Lunatic asylums Madras 1892-1911 - 1892-1911
Year: 1892
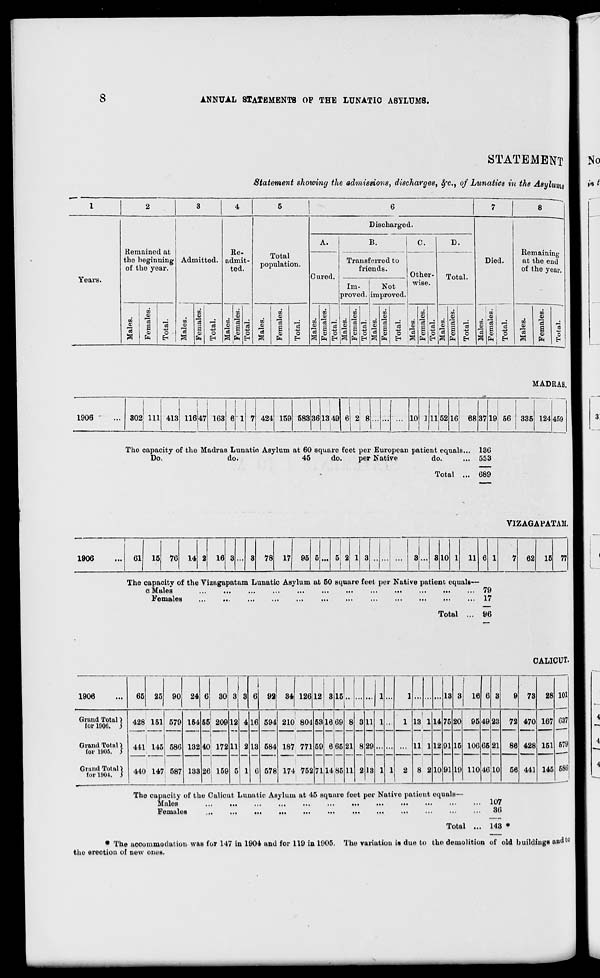
s
ANNUAL STATEMENTS OP THE LUNATIC ASYLUMS.
STATEMENT
Statement showing the admissions, discharges, 8fc., of Lunatics in the Asylums
I
2
3
4
5
6
7
8
Discharged.
A.
B.
C.
D.
Remained at
Re-
Total
population.
Remaining
at the end
of the year.
the beginning
of the year.
Admitted. admit-
ted.
Transferred to
friends.
Died.
Years.
0 ured.
Other-
Total.
Im-
Not
wise.
proved. improved.
o5
r/!
77
m
r/
en
rfi
en
m
M !
CO
09
<u
0)
o>
a;
09
Oi
o
o>
QJ i
09
m
d
_;
m 75 ^ T. 7?, ^ DO
73
j
•J. 7fl ,_; GO 3 J !fi d _; <? 73 ,_; .-/. Tfl ,_: GO •a d o5 d j
d
1
09
d
O
EH
09
a
09
PH
d
0
7s i
09
PH
OS
O
0)
75
a
a a)
d
0
EH
01
a
6
09
d
o
&H
75 I
O
&H
r.
O
EH
73 s
0)
PH
d
4a
O
OJ
d
0 73 g
PH
M
o
EH
0)
1*
1 1
09 1 O
09
73
a
09
PH
ca
0
tv
1906
302 111 413 116 47 163
1
424 159 583 3613 49 6 2' 8
MADRAS.
10
1152 16! 68 37 19 56 335 124 459
The capacity of the Madras Lunatic Asylum at 60 square feet per European patient equals... 13G
Do.
do.
45
do.
per Native
do.
... 553
Total ... 689
VIZ AGA FATAH,
1906
61 15 76 14
16
78 17 95
5 2
10
11
62 15 77
The capacity of the Vizagapatam Lunatic Asylum at 50 square feet per Native patient equals—
e Males
...
...
...
...
...
...
••■
•••
•••
•••
•••
••• 79
Females
...
...
...
...
...
...
•••
•••
•••
•••
•••
••• 17
Total ... 96
CALICUT.
1906
65 25 90 24 0 30 i
3 3 6 92 34 126 12 3 15
... ... 1 ...
1
13 3 16 0 3
9 73 28 101
037 1
Grand Total)
for 1000. ) 428 151 579 154 55 209 12 4 16 594 210 804 53
|
1669 8 8 11 1 ...
1
i
13 1 14 75 20 95 49 23 72 470 167
Grand Total)
lor 1005. j
441 145 586 132 40 172 11 2 13 584 187 771 59 665
i
21 8 29 ... ... ... 11 1 12 91 15 106 05 21 86 428 151 679
Grand Total)
for 1001. 3
440 147 587 133 86 159 5 1
u
578 174 752
1
71 14 85 11 2 13 1 1 2 8 2 10 91 19 110 46 10 56 441 145 680
Tho capacity of the Calicut Lunntic Asylum at 45 square feet per Native patieut equals-
Males
Females
107
36
Total ... 143 •
• The accommodation was for 147 in 1904 and for 119 in 1905. The variation is due to tho demolition of old buildings and to
tho oreotiou of new ones.